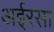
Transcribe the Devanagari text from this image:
अईरसा